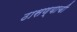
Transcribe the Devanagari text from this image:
ठासण्याची